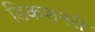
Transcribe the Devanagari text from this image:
डिकशनरी